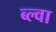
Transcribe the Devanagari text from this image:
ब्ल्वा